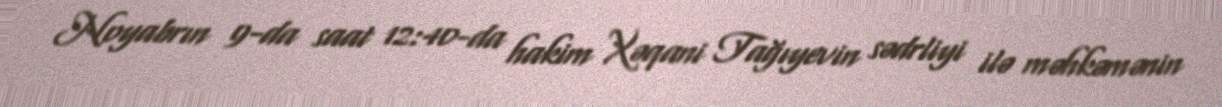
Noyabrın 9-da saat 12:40-da hakim Xəqani Tağıyevin sədrliyi ilə məhkəmənin